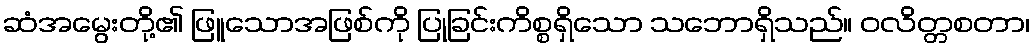
ဆံအမွေးတို့၏ ဖြူသောအဖြစ်ကို ပြုခြင်းကိစ္စရှိသော သဘောရှိသည်။ ဝလိတ္တစတာ၊